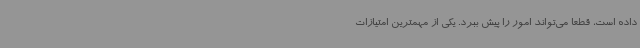
داده است، قطعا می‌تواند امور را پیش ببرد. یکی از مهمترین امتیازات